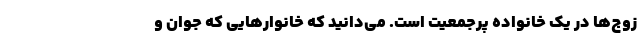
زوج‌ها در یک خانواده پرجمعیت است. می‌دانید که خانوارهایی که جوان و